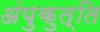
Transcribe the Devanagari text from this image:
अंपुकुत्ति